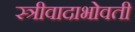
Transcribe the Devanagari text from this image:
स्त्रीवादाभोवती